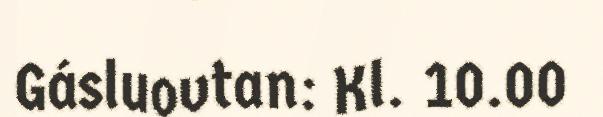
Gásluovtan: Kl. 10.00